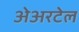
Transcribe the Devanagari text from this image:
अेअरटेल